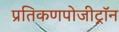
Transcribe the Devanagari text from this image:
प्रतिकणपोजीट्रॉन